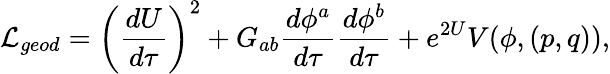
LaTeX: {\cal L}_{geod}=\left({\frac{dU}{d\tau}}\right)^{2}+G_{ab}{\frac{d\phi^{a}}{d\tau}}{\frac{d\phi^{b}}{d\tau}}+e^{2U}V(\phi,(p,q)),